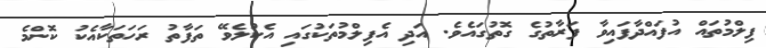
ފިލްމުތައް އުފައްދާފައިވާ ފަރާތުގެ ގޮތުގައެވެ. އަދި އެފިލްމުތަކުގައި އެކުލެވޭ ތަފާތު ރަހަތަކާއެކު ކޮންމެ